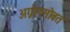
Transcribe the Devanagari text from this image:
अग्नोनसोबत